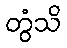
တွံသိ